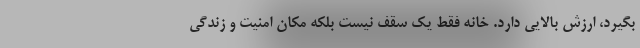
بگیرد، ارزش بالایی دارد. خانه فقط یک سقف نیست بلکه مکان امنیت و زندگی